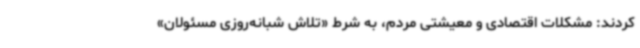
کردند: مشکلات اقتصادی و معیشتی مردم، به شرط «تلاش شبانه‌روزی مسئولان»